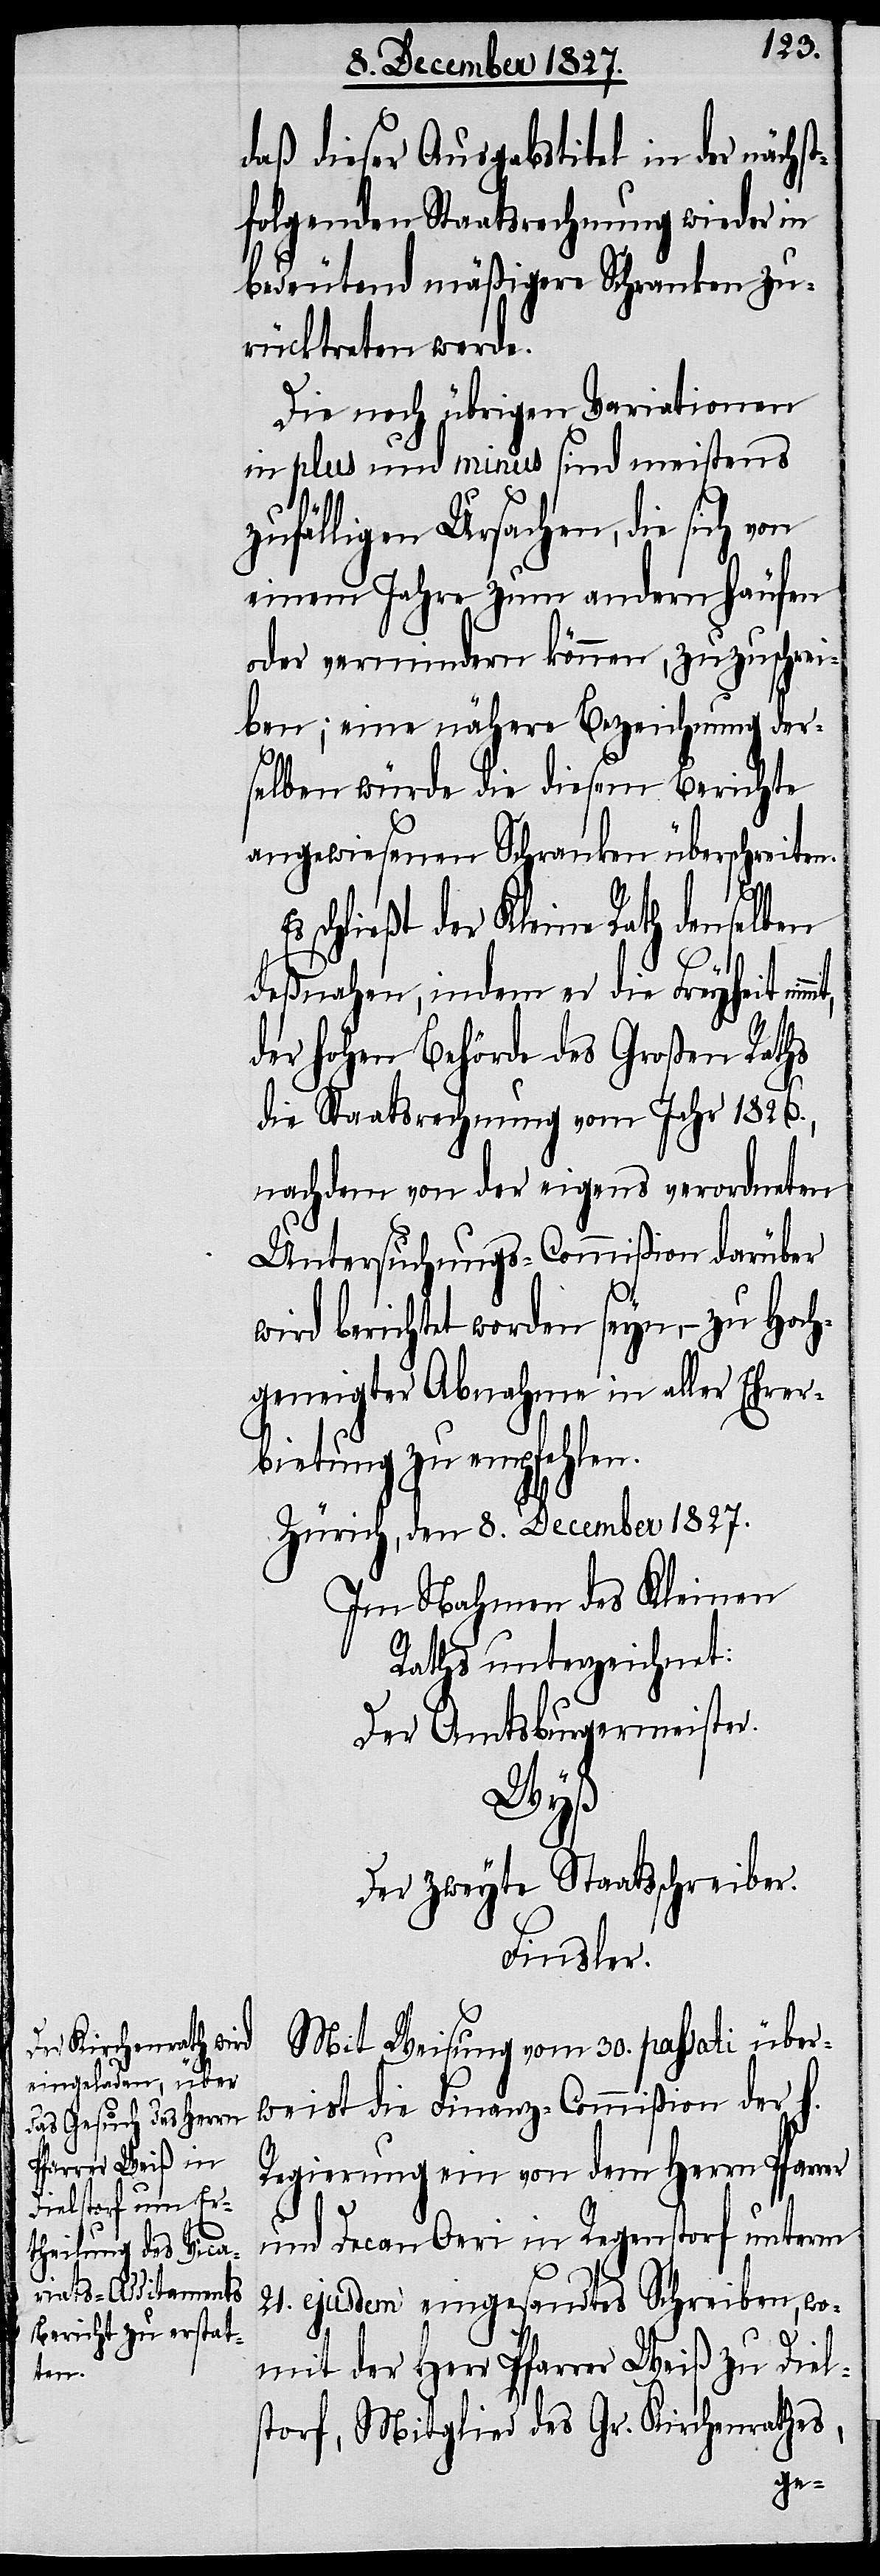
daß dieser Ausgabstitel in der nächs¬
tfolgenden Staatsrechnung wieder in
bedeutend mäßigere Schranken zu¬
rücktreten werde.
Die noch übrigen Variationen
in plus und minus sind meistens
zufälligen Ursachen, die sich von
einem Jahre zum andern häufen
oder vermindern können, zuzuschrei¬
ben; eine nähere Bezeichnung der¬
selben würde die diesem Berichte
angewiesenen Schranken überschreiten.
schließt der Kleine Rath denselben
deßnahen, indem er die Freyheit
der hohen Behörde des Großen Raths
die Staatsrechnung vom Jahr 1826.,
nachdem von der eigens verordneten
Untersuchungs-Commißion darüber
wird berichtet worden seyn, – zu Hoch¬
geneigter Abnahme in aller Ehrer¬
bietung zu empfehlen.
Zürich, den 8. December 1827.
Im Nahmen des Kleinen
Raths unterzeichnet:
Der Amtsburgermeister.
er
Der zweyte Staatsschreiber.
Finsler.
Mit Weisung vom 30. passati über¬
weist die Finanz-Commißion der h.
Regierung ein von dem Herrn Pfarr¬
und Decan Oeri in Regenstorf unterm
21. ejusdem eingesandtes Schreiben, wo¬
mit der Herr Pfarrer Weiß zu Diel¬
storf, Mitglied des Gr. Kirchenrathes,